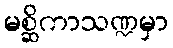
မစ္ဆိကာသဏ္ဍမှာ